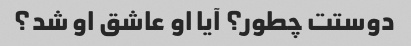
دوستت چطور؟ آیا او عاشق او شد؟